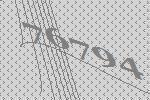
76794